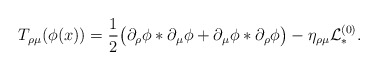
\begin{align*}T_{\rho\mu}(\phi(x))= {1\over2}\big(\partial_\rho\phi* \partial_\mu\phi+\partial_\mu\phi* \partial_\rho\phi\big)-\eta_{\rho\mu}\mathcal{L}_*^{(0)}. \end{align*}